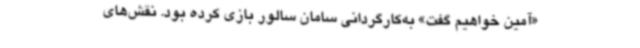
«آمین خواهیم گفت» به‌کارگردانی سامان سالور بازی کرده‌ بود. نقش‌های